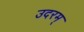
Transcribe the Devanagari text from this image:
उदरम्